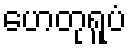
ဟေတုရူပံ